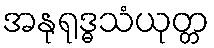
အနုရုဒ္ဓသံယုတ္တ